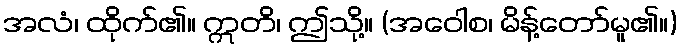
အလံ၊ ထိုက်၏။ ဣတိ၊ ဤသို့။ (အဝေါစ၊ မိန့်တော်မူ၏။)